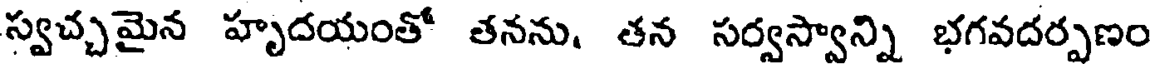
స్వచ్చమైన హృదయంతో తనను. తన సర్వస్వాన్ని భగవదర్పణం